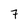
Character: 7